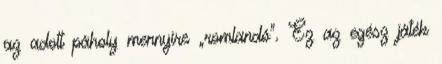
az adott páholy mennyire „romlandó”. Ez az egész játék